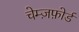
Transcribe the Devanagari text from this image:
चेम्ज़फ़ोर्ड